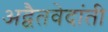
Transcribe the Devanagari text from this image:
अद्वैतवेदांती